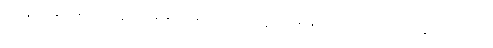
ကျိန်ဆိုပွဲပဲဆိုတော့ အချိန်အခါကိုက်ပဲလို့ အိမ်ဖြူတော်ကလည်း ဆိုပါတယ်။